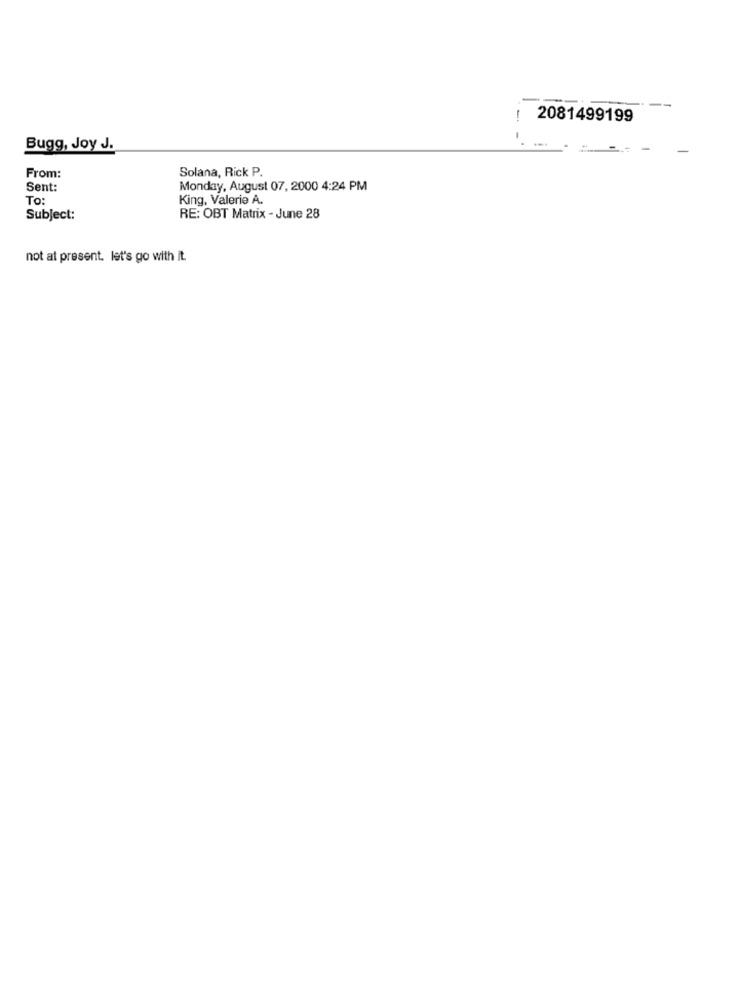
!
2081499199
Bugg, Joy J.
Solana, Rick P.
From:
Sent:
Monday, August 07, 2000 4:24 PM
To:
King, Valerie A.
Subject:
RE: OBT Matrix - June 28
not at present. let's go with it.